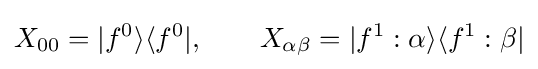
X_{00}=\vert f^{0}\rangle \langle f^{0}\vert ,\qquad X_{\alpha \beta }=\vert f^{1}:\alpha \rangle \langle f^{1}:\beta \vert